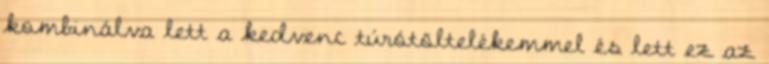
kombinálva lett a kedvenc túrótöltelékemmel és lett ez az